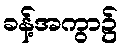
ခန့်အကွာ၌